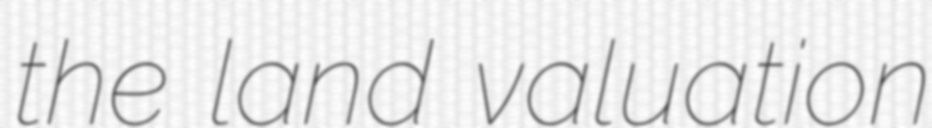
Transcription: the land valuation